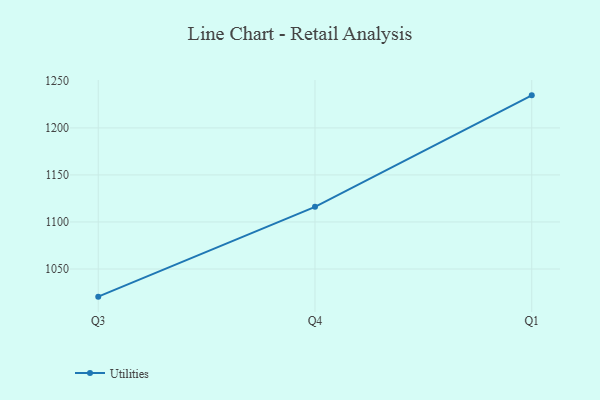
{"axis": {"x": "Quarter", "y": "Page Views"}, "legend": ["Utilities"], "data": [{"x": "Q3", "y": 1020.6, "type": "Utilities"}, {"x": "Q4", "y": 1116.1, "type": "Utilities"}, {"x": "Q1", "y": 1234.6, "type": "Utilities"}]}